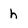
Character: h